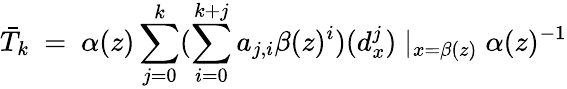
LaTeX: \bar{T}_{k}\ =\ \alpha(z)\sum_{j=0}^{k}(\sum_{i=0}^{k+j}a_{j,i}\beta(z)^{i})(d_{x}^{j})\mid_{x=\beta(z)}\alpha(z)^{-1}